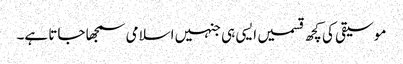
موسیقی کی کچھ قسمیں ایسی ہی جنہیں اسلامی سمجھا جاتا ہے۔